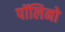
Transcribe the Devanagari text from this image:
पॉलिनो